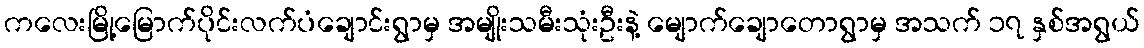
ကလေးမြို့မြောက်ပိုင်းလက်ပံချောင်းရွာမှ အမျိုးသမီးသုံးဦးနဲ့ မျောက်ချောတောရွာမှ အသက် ၁၇ နှစ်အရွယ်